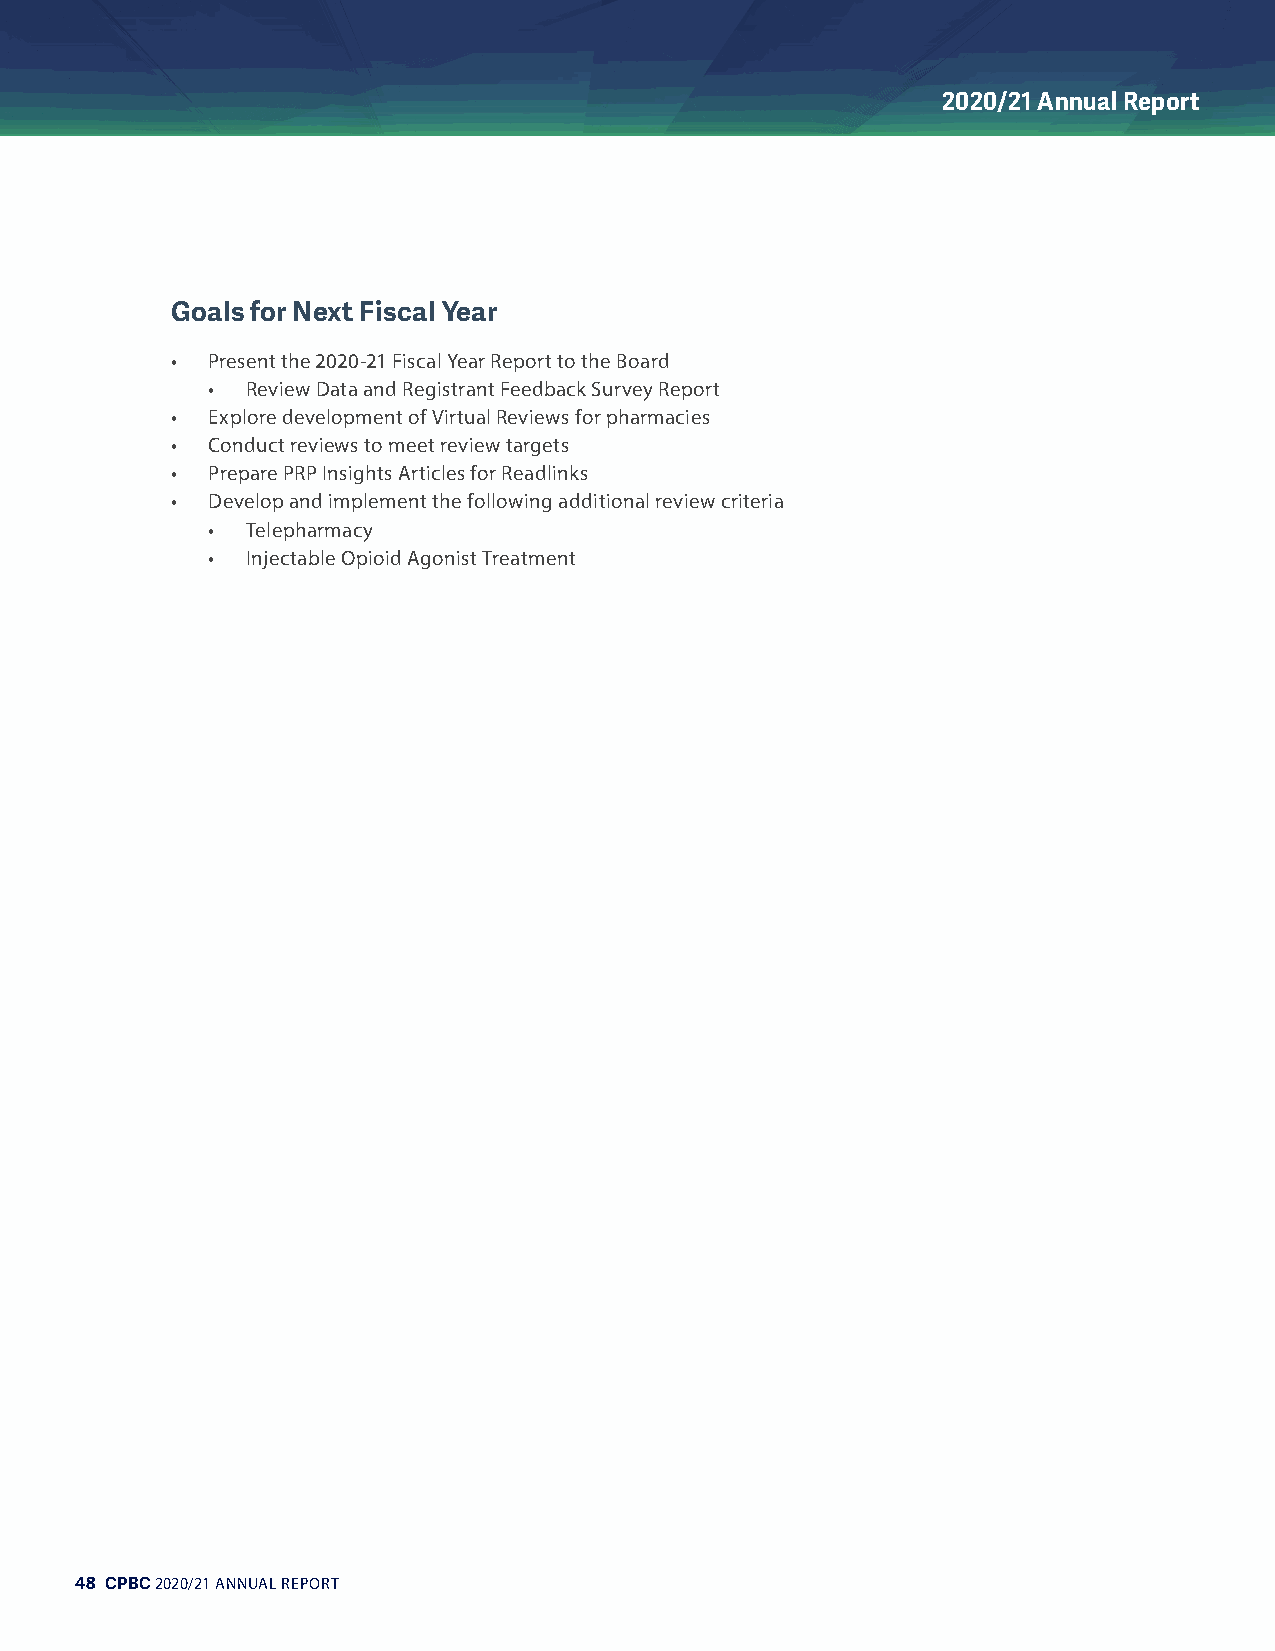
2020/21 Annual Report
 Goals for Next Fiscal Year
 •  Present the 2020-21 Fiscal Year Report to the Board
 • Review Data and Registrant Feedback Survey Report
 •  Explore development of Virtual Reviews for pharmacies
 •  Conduct reviews to meet review targets
 •  Prepare PRP Insights Articles for Readlinks
 •  Develop and implement the following additional review criteria
 • Telepharmacy
 • Injectable Opioid Agonist Treatment
 48 CPBC 2020/21 ANNUAL REPORT